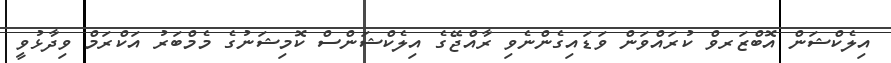
އިލެކްޝަން އޮބްޒަރވް ކުރައްވަން ވަޑައިގެންނެވި ރާއްޖޭގެ އިލެކްޝަންސް ކޮމިޝަނުގެ މެމްބަރު އަކްރަމް ވިދާޅުވީ